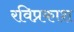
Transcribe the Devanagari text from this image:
रविप्रकाश